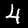
Digit: 4